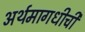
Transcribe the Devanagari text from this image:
अर्थमागधीची